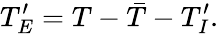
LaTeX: {T}_{E}^{\prime}=T-\bar{T}-{T}_{I}^{\prime}.